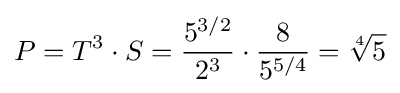
P=T^{3}\cdot S={\frac {5^{3/2}}{2^{3}}}\cdot {\frac {8}{5^{5/4}}}={\sqrt[{4}]{5}}